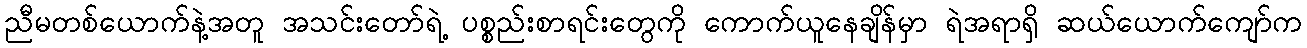
ညီမတစ်ယောက်နဲ့အတူ အသင်းတော်ရဲ့ ပစ္စည်းစာရင်းတွေကို ကောက်ယူနေချိန်မှာ ရဲအရာရှိ ဆယ်ယောက်ကျော်က